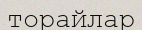
торайлар